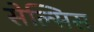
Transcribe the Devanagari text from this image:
सेल्सिस